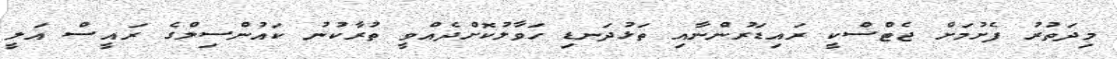
މިދަތުރު ފެށުމަށް ޖެޓްސްކީ ރައިޑަރުންނާއި ތަޅުދަނޑި ހަވާލުކޮށްދެއްވީ ތުރާކުނު ކައުންސިލްގެ ރައީސް އަލީ